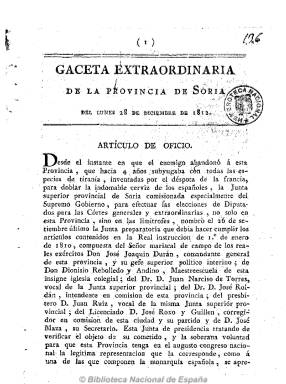
Título: Gaceta extraordinaria de la provincia de Soria
Colección: Gacetas
Ámbito geográfico: Soria
Lugar de publicación: Soria
Fechas: 28/12/1812-28/12/1812

Se trata de una de las diferentes ediciones extraordinarias de esta gaceta, que fue órgano oficial de la Junta Superior de la Provincia de Soria, que con toda probabilidad fue compuesta en la imprenta que en 1780 había instalado la Sociedad Económica Numantina de Amigos del País y que la junta debió sacar de la ciudad y llevarla consigo, probablemente a Abejar, al quedar la capital en manos del ejército napoleónico desde el 22 de noviembre de 1808 hasta junio de 1813, convirtiéndose en una oficina itinerante o volante, que recibirá la denominación de “Imprenta de la misma Provincia”.

Soria debió esperar a la Guerra de la Independencia para disponer del primer periódico del que hay constancia en esta ciudad castellana, y al no estar numerado y desconocerse su periodicidad, no ha podido establecerse la fecha en que empieza a ser editada la Gazeta de la provincia de Soria, que en algún momento cambió a denominarse Gaceta. Existe una gaceta extraordinaria del 24 de noviembre de 1810 y las ordinarias del dos y nueve de diciembre del mismo año (Departamento de Historia Contemporánea de la Universidad del País Vasco); las extraordinarias del 27 de junio y 27 de julio de 1811, y la ordinaria del 11 de agosto de este año (Biblioteca Pública de Soria); la extraordinaria del 28 de diciembre de 1812 (Biblioteca Nacional de España), y una ordinaria del 17 de junio de 1813 (Hemeroteca Municipal de Madrid).

Son números generalmente de ocho páginas, y alguno de diez o sin pie de imprenta, de un periódico “esencialmente informativo, patriótico, con muy poca opinión”, según Checa Godoy, pero que incluía algunos comentarios a las noticias de la guerra tanto de carácter local, como de España y del extranjero, algunas extractadas de otros periódicos. También incluye artículos de oficio, partes comunicados y circulares de la junta.